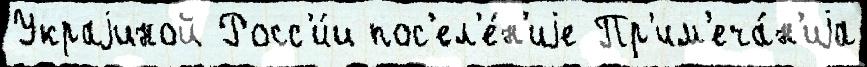
Украjиной Росс'и́и пос'ел'е́н'иjе Пр'им'еча́н'иjа